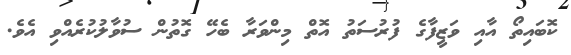
ކޮބައިތޯ އާއި ވަޒީފާގެ ފުރުސަތު އޮތް މިންވަރާ ބެހޭ ގޮތުން ސުވާލުކުރެއްވި އެވެ.